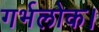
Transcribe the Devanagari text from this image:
गर्भलोक।